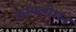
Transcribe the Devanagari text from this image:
कम्पलीशन